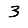
Digit: 3